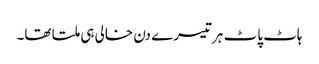
ہاٹ پاٹ ہر تیسرے دن خالی ہی ملتا تھا۔